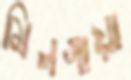
মিলগায়া